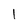
Character: I